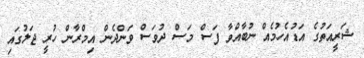
ޝަރީއަތުގެ އަޑުއެހުމެއް ނުބާއްވާ ފަސް މަސް ދުވަސް ވަންދެން އިމްރާން ހުރީ ޖަލުގައި